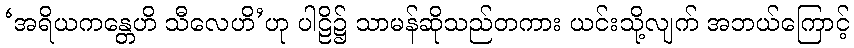
‘အရိယကန္တေဟိ သီလေဟိ’ဟု ပါဠိ၌ သာမန်ဆိုသည်တကား ယင်းသို့လျက် အဘယ်ကြောင့်